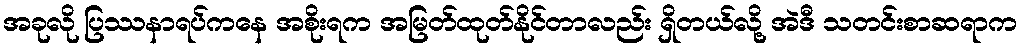
အခုလို ပြဿနာရပ်ကနေ အစိုးရက အမြတ်ထုတ်နိုင်တာလည်း ရှိတယ်လို့ အဲဒီ သတင်းစာဆရာက